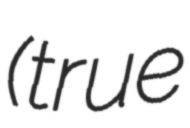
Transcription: (true